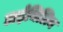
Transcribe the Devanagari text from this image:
डाईथिलिन